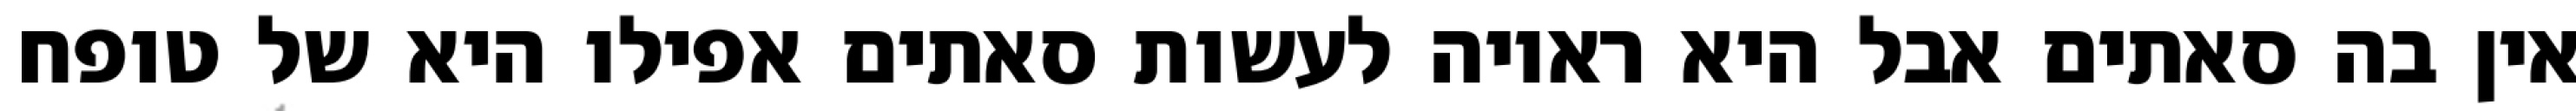
אין בה סאתים אבל היא ראויה לעשות סאתים אפילו היא של טופח